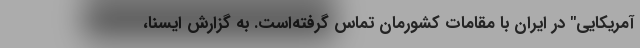
آمریکایی" در ایران با مقامات کشورمان تماس گرفته‌است. به گزارش ایسنا،